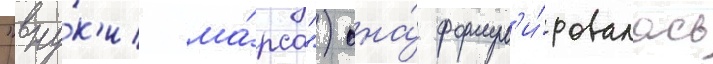
"вну́к'и ма́рса") она́ формул'и́ровалась